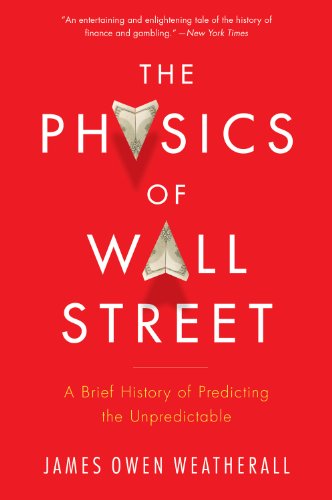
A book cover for The Physics of Wall Street: A Brief History of Predicting the Unpredictable; James Owen Weatherall; Science & Math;